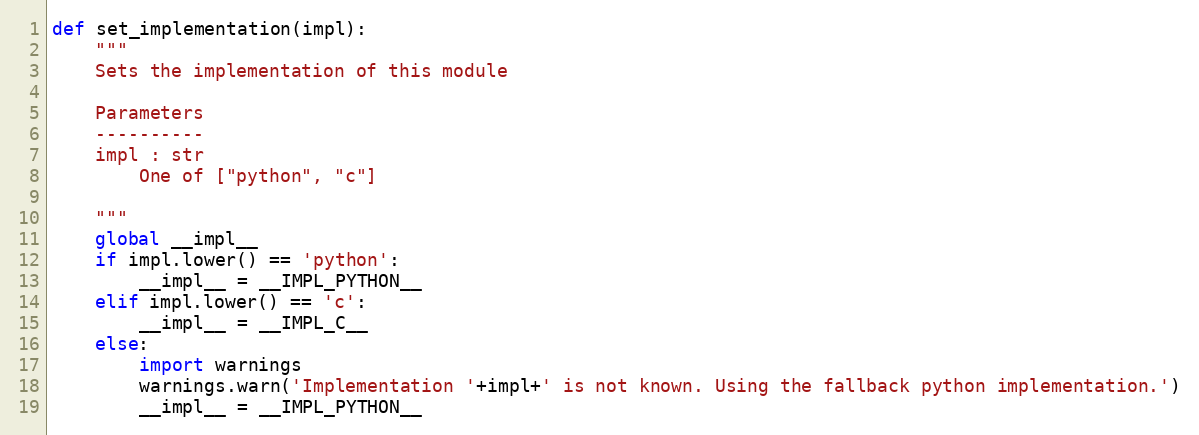
Language: Python
def set_implementation(impl):
    """
    Sets the implementation of this module

    Parameters
    ----------
    impl : str
        One of ["python", "c"]

    """
    global __impl__
    if impl.lower() == 'python':
        __impl__ = __IMPL_PYTHON__
    elif impl.lower() == 'c':
        __impl__ = __IMPL_C__
    else:
        import warnings
        warnings.warn('Implementation '+impl+' is not known. Using the fallback python implementation.')
        __impl__ = __IMPL_PYTHON__